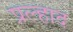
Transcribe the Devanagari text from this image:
प्रल्‍हाद